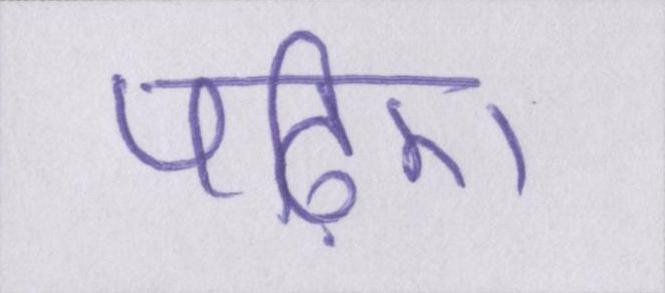
पढ़िए